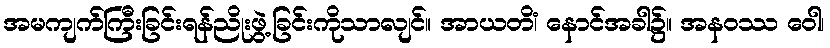
အမကျက်ကြီးခြင်းရန်ညိုးဖွဲ့ခြင်းကိုသာလျင်။ အာယတိံ၊ နောင်အခါ၌။ အနဝဿ ဝေါ၊